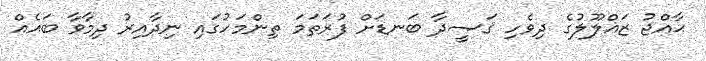
ޙާއްޖު ޒަޣްލޫލުގެ ދިވެހި ޤަޞީދާ ބަނޑަށް ފުރަތަމަ ތިންމަހުގައި ނިދާއިރު ދިމާވާ ބައެއް